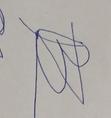
Signature authenticity: forged